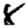
Digit: 8